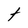
Character: t